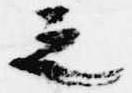
之